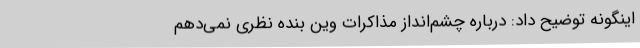
اینگونه توضیح داد: درباره چشم‌انداز مذاکرات وین بنده نظری نمی‌دهم